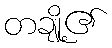
တချို့၏